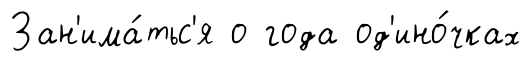
Зан'има́тьс'я о года од'ино́чках